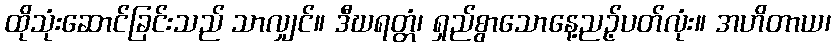
ထိုသုံးဆောင်ခြင်းသည် သာလျှင်။ ဒီဃရတ္တံ၊ ရှည်စွာသောနေ့ညဉ့်ပတ်လုံး။ အဟိတာယ၊